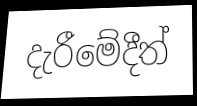
දැරීමේදීත්